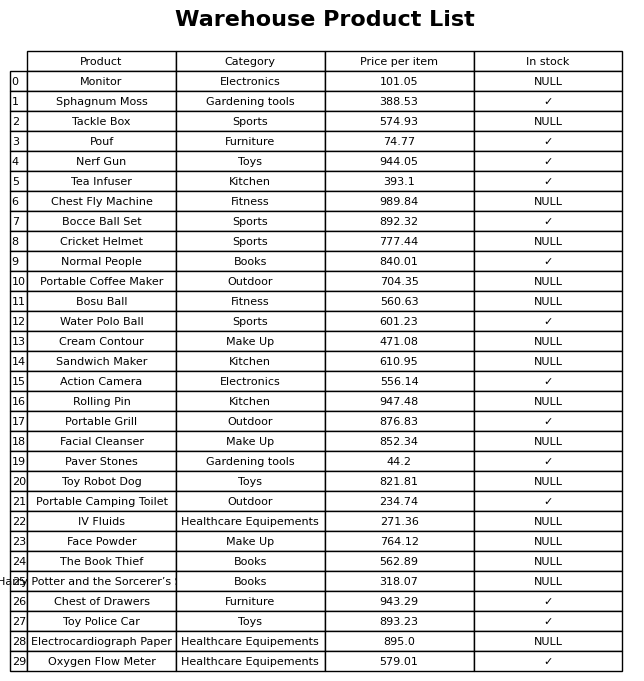
question: What is the price for Pouf?
answer: The price of Pouf is 74.77.